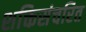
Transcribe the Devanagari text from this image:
शक्तिसंचरित